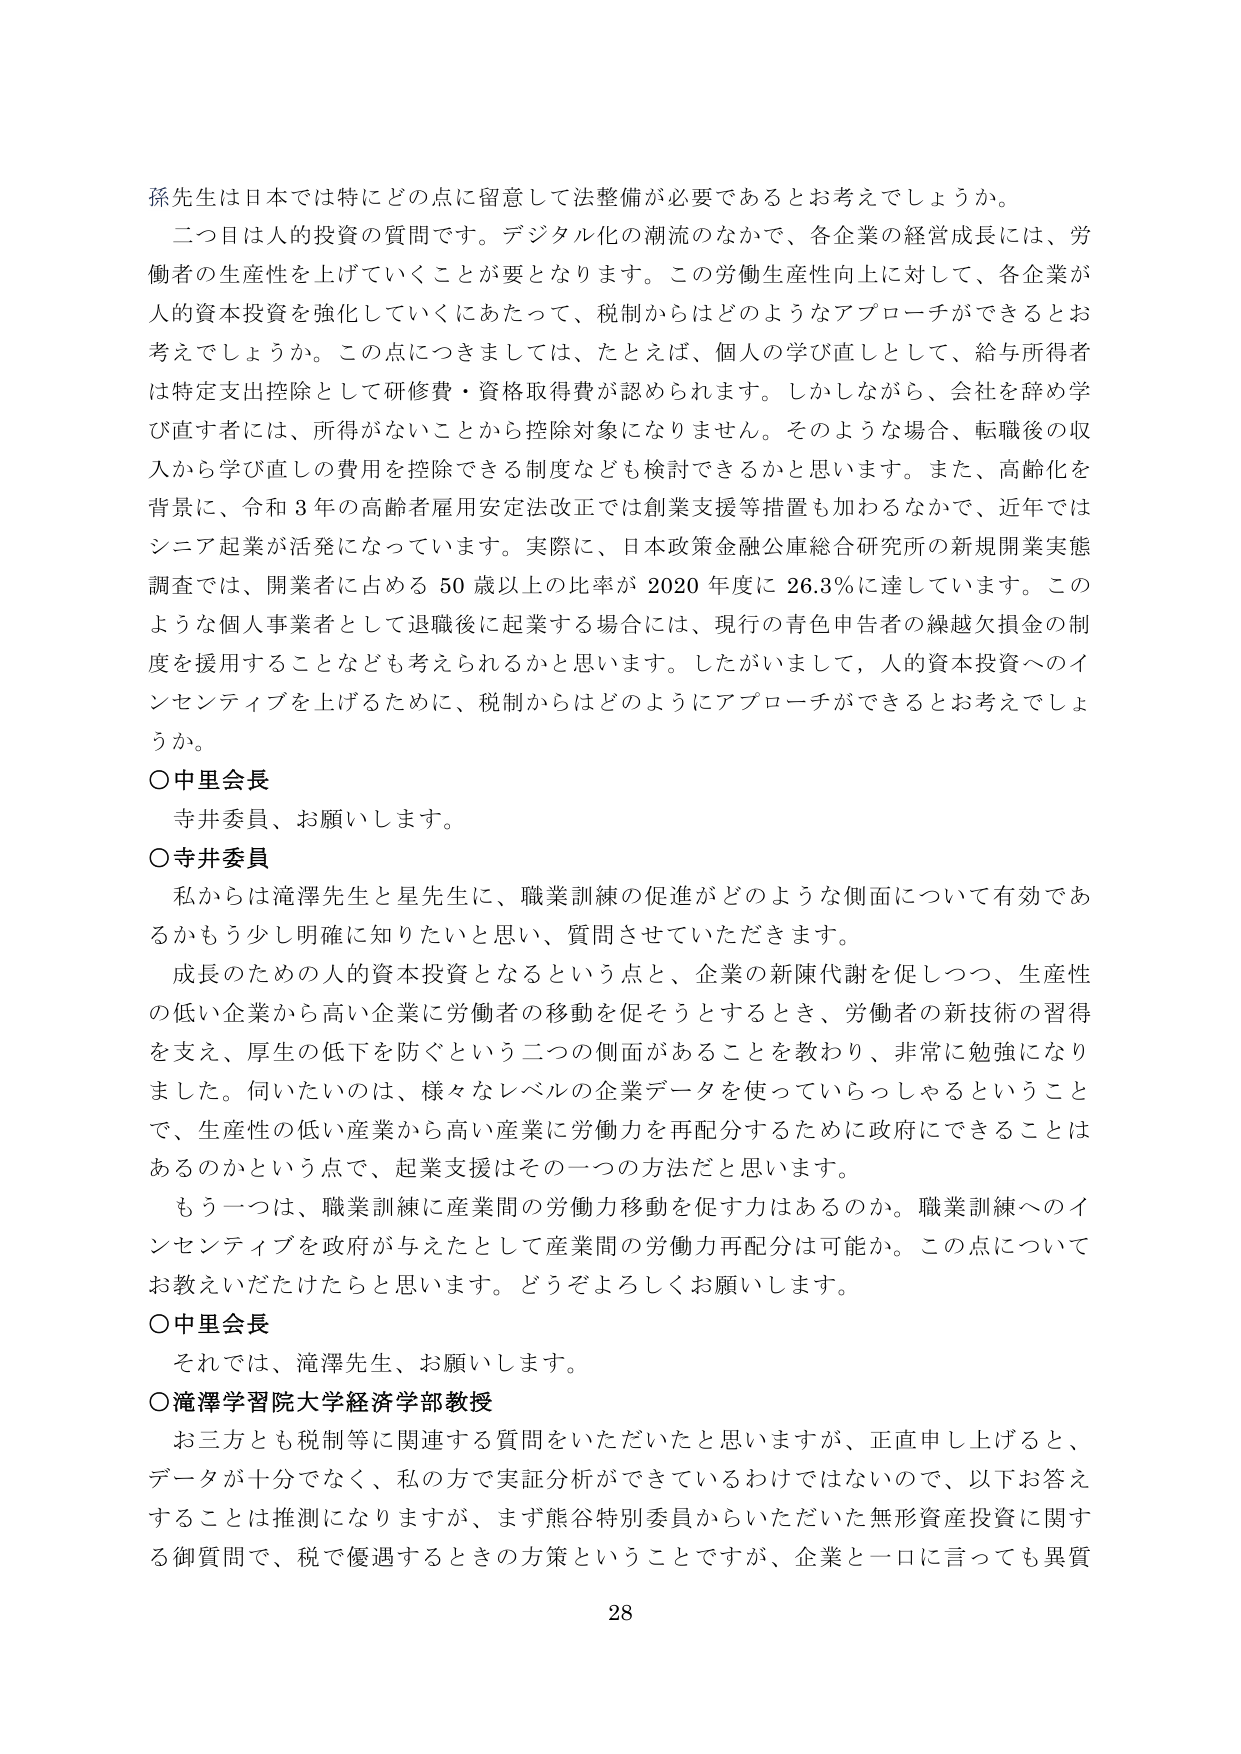
孫先生は日本では特にどの点に留意して法整備が必要であるとお考えでしょうか。

二つ目は人的投資の質問です。デジタル化の潮流のなかで、各企業の経営成長には、労働者の生産性を上げていくことが要となります。この労働生産性向上に対して、各企業が人的資本投資を強化していくにあたって、税制からはどのようなアプローチができるとお考えでしょうか。この点につきましては、たとえば、個人の学び直しとして、給与所得者は特定支出控除として研修費・資格取得費が認められます。しかしながら、会社を辞め学び直す者には、所得がないことから控除対象になりません。そのような場合、転職後の収入から学び直しの費用を控除できる制度なども検討できるかと思います。また、高齢化を背景に、令和３年の高齢者雇用安定法改正では創業支援等措置も加わるなかで、近年ではシニア起業が活発になっています。実際に、日本政策金融公庫総合研究所の新規開業実態調査では、開業者に占める５０歳以上の比率が２０２０年度に２６．３％に達しています。このような個人事業者として退職後に起業する場合には、現行の青色申告者の繰越欠損金の制度を援用することなども考えられるかと思います。したがいまして、人的資本投資へのインセンティブを上げるために、税制からはどのようにアプローチができるとお考えでしょうか。

○中里会長
寺井委員、お願いします。

○寺井委員
私からは滝澤先生と星先生に、職業訓練の促進がどのような側面について有効であるかもう少し明確に知りたいと思い、質問させていただきます。
成長のための人的資本投資となるという点と、企業の新陳代謝を促しつつ、生産性の低い企業から高い企業に労働者の移動を促そうとするとき、労働者の新技術の習得を支え、厚生の低下を防ぐという二つの側面があることを教わり、非常に勉強になりました。伺いたいのは、様々なレベルの企業データを使っていらっしゃるということで、生産性の低い産業から高い産業に労働力を再配分するために政府にできることはあるのかという点で、起業支援はその一つの方法だと思います。
もう一つは、職業訓練に産業間の労働力移動を促す力はあるのか。職業訓練へのインセンティブを政府が与えたとして産業間の労働力再配分は可能か。この点についてお教えいただけたらと思います。どうぞよろしくお願いします。

○中里会長
それでは、滝澤先生、お願いします。

○滝澤学習院大学経済学部教授
お三方とも税制等に関連する質問をいただいたと思いますが、正直申し上げると、データが十分でなく、私の方で実証分析ができているわけではないので、以下お答えすることは推測になりますが、まず熊谷特別委員からいただいた無形資産投資に関する御質問で、税で優遇するときの方策ということですが、企業と一口に言っても異質

28